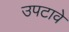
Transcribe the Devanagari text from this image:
उपटावे